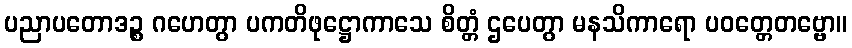
ပညာပတောဒဉ္စ ဂဟေတွာ ပကတိဖုဋ္ဌောကာသေ စိတ္တံ ဌပေတွာ မနသိကာရော ပဝတ္တေတဗ္ဗော။